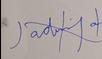
Signature authenticity: genuine